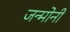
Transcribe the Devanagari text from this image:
जन्मोनी